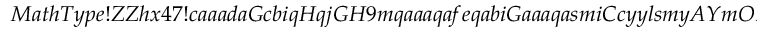
M a t h T y p e ! Z Z h x 4 7 ! c a a a d a G c b i q H q j G H 9 m q a a a q a f e q a b i G a a a q a s m i C c y y l s m y A Y m O D g e